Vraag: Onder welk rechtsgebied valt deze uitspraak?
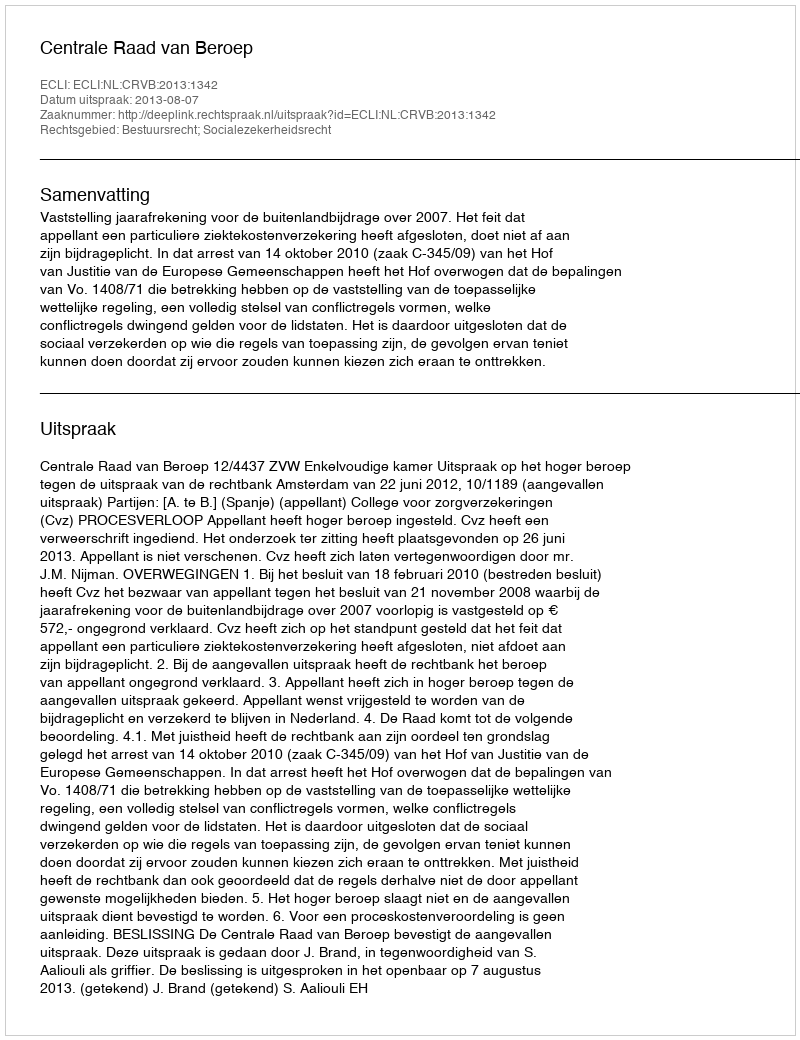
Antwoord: Bestuursrecht; Socialezekerheidsrecht